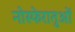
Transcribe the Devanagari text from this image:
नोस्फेरातुओं